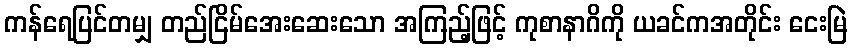
ကန်ရေပြင်တမျှ တည်ငြိမ်အေးဆေးသော အကြည့်ဖြင့် ကုစာနာဂိကို ယခင်ကအတိုင်း ငေးမြဲ